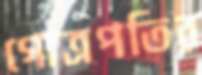
গোত্রপতির